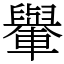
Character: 轝